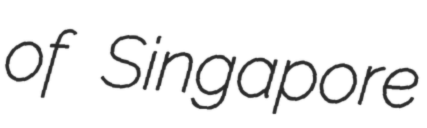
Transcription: of Singapore